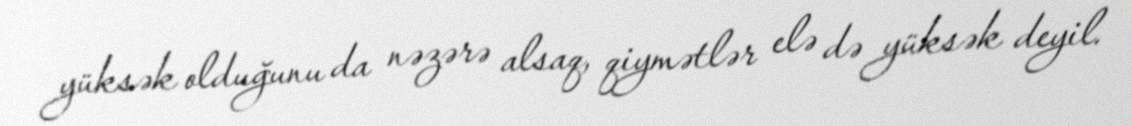
yüksək olduğunu da nəzərə alsaq, qiymətlər elə də yüksək deyil.